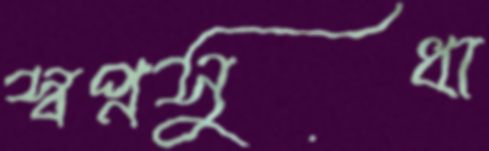
স্বপ্নসুধা